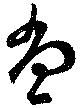
堂